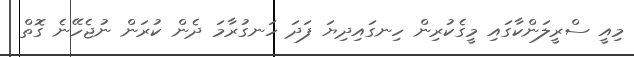
މިއީ ސްރީލަންކާގައި މީގެކުރިން ހިނގައިދިޔަ ފަދަ ހަނގުރާމަ ދެން ކުރަން ނުޖެހޭނެ ގޮތް